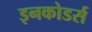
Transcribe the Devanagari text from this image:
इनकोडर्स